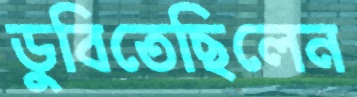
ডুবিতেছিলেন